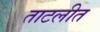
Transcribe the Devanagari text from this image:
ताटलीत